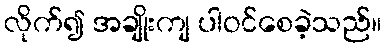
လိုက်၍ အချိုးကျ ပါဝင်စေခဲ့သည်။